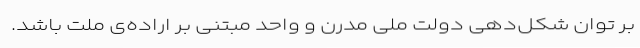
بر توانِ شکل‌دهی دولتِ ملیِ مدرن و واحد مبتنی بر اراده‌ی ملت باشد.